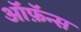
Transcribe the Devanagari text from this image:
ऑफ़ॅन्स